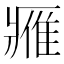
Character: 𨿳